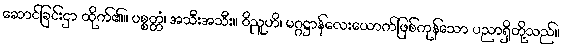
ဆောင်ခြင်းငှာ ထိုက်၏။ ပစ္စတ္တံ၊ အသီးအသီး။ ဝိညူဟိ၊ မဂ္ဂဋ္ဌာန်လေးယောက်ဖြစ်ကုန်သော ပညာရှိတို့သည်။